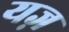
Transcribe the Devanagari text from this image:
यज़